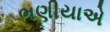
ભણીયાએ